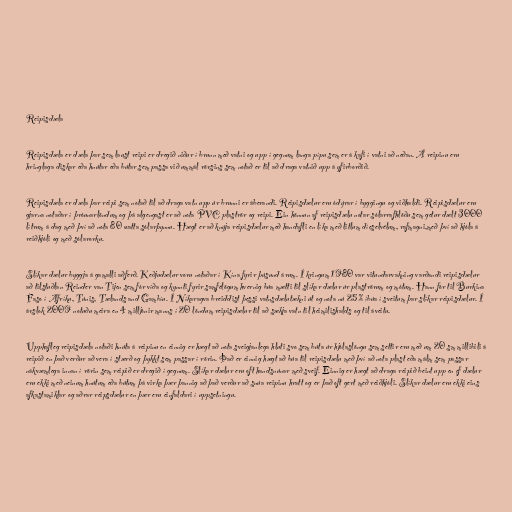
Reipisdæla

Reipisdæla er dæla þar sem laust reipi er dregið niður í brunn með vatni og upp í gegnum langa pípu sem er á kafi í vatni að neðan. Á reipinu eru
hringlaga diskar eða hnútar eða bútar sem passa við ummál rörsins sem notað er til að draga vatnið upp á yfirborðið.

Reipisdæla er dæla þar reipi sem notað til að draga vatn upp úr brunni er áberandi. Reipisdælur eru ódýrar í byggingu og viðhaldi. Reipisdælur eru
gjarna notaðar í þróunarlöndum og þá algengast er að nota PVC plaströr og reipi. Ein hönnun af reipisdælu notar sólarrafhlöðu sem getur dælt 3000
lítrum á dag með því að nota 80 watta sólarþynnu. Hægt er að knýja reipisdælur með handafli en líka með litlum díeselvélum, rafmagni,með því að hjóla á
reiðhjóli og með sólarorku.

Slíkar dælur byggja á gamalli aðferð. Keðjudælur voru notaðar í Kína fyrir þúsund árum. Í kringum 1980 var vitundarvakning varðandi reipisdælur
að tilstuðlan Reinder van Tijen sem fór víða og kynnti fyrir samfélögum hvernig búa mætti til slíkar dælur úr plaströrum og mótum. Hann fór til Burkina
Faso í Afríku, Túnis, Tælands and Gambíu. Í Níkaragva breiddist þessi vatnsdælutækni út og nota nú 25 % íbúa í sveitum þar slíkar reipisdælur. Í
árslok 2009 notuðu meira en 4 milljónir manns í 20 löndum reipisdælur til að sækja vatn til heimilishalds og til áveitu.

Upphafleg reipisdæla notaði hnúta á reipinu en einnig er hægt að nota sveigjanlega hluti svo sem búta úr hjólaslöngu sem settir eru með um 20 sm millibili á
reipið en það verður að vera í stærð og þykkt sem passar í rörin. Það er einnig hægt að búa til reipisdælu með því að nota plast eða málm sem passar
nákvæmlega innan í rörin sem reipið er dregið í gegnum. Slíkar dælur eru oft handsnúnar með sveif. Einnig er hægt að draga reipið beint upp en ef dælur
eru ekki með neinum hnútum eða bútum þá virka þær þannig að það verður að snúa reipinu hratt og er það oft gert með reiðhjóli. Slíkar dælur eru ekki eins
afkastamiklar og aðrar reipsdælur en þær eru einfaldari í uppsetningu.